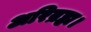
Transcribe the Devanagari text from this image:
अरिब्रह्म।